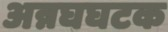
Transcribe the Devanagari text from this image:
अन्नघघटक